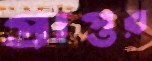
প্রাপ্তর